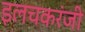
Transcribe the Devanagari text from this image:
इलचकरंजी